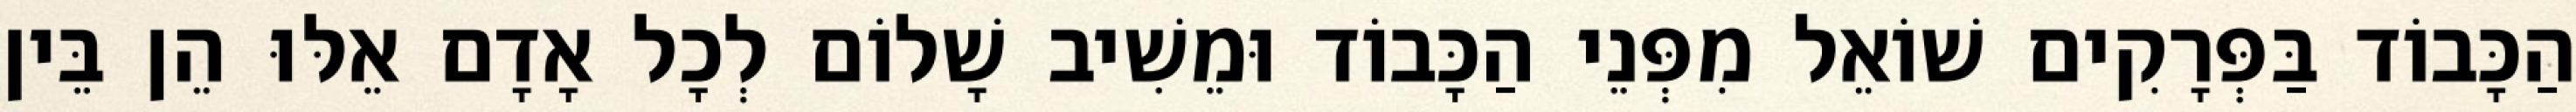
הַכָּבוֹד בַּפְּרָקִים שׁוֹאֵל מִפְּנֵי הַכָּבוֹד וּמֵשִׁיב שָׁלוֹם לְכָל אָדָם אֵלּוּ הֵן בֵּין